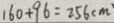
1 6 0 + 9 6 = 2 5 6 ( c m )